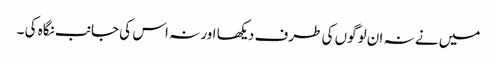
میں نے نہ ان لوگوں کی طرف دیکھا اور نہ اس کی جانب نگاہ کی ۔